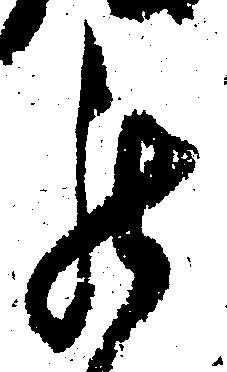
罷